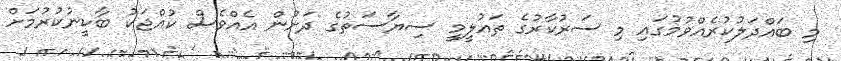
މި ބައްދަލުކުރެއްވުމުގައި މި ސަރުކާރުގެ ތައުލީމީ ސިޔާސަތުގެ ދަށުން އެއްވެސް ކުއްޖަކު ބާކީނުކުރުމަށް